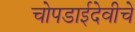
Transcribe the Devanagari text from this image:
चोपडाईदेवीचे